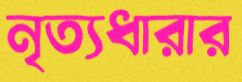
নৃত্যধারার